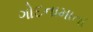
ગોદનામાતા